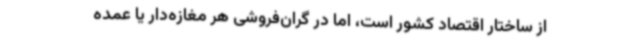
از ساختار اقتصاد کشور است، اما در گران‌فروشی هر مغازه‌دار یا عمده